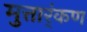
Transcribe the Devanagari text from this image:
मुत्तार्ंकण